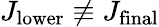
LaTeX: J_{\mathrm{lower}}\not\equiv J_{\mathrm{final}}